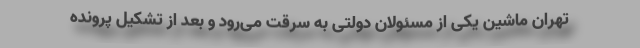
تهران ماشین یکی از مسئولان دولتی به سرقت می‌رود و بعد از تشکیل پرونده